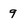
Character: 9